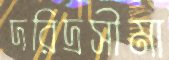
দরিদ্রসীমা